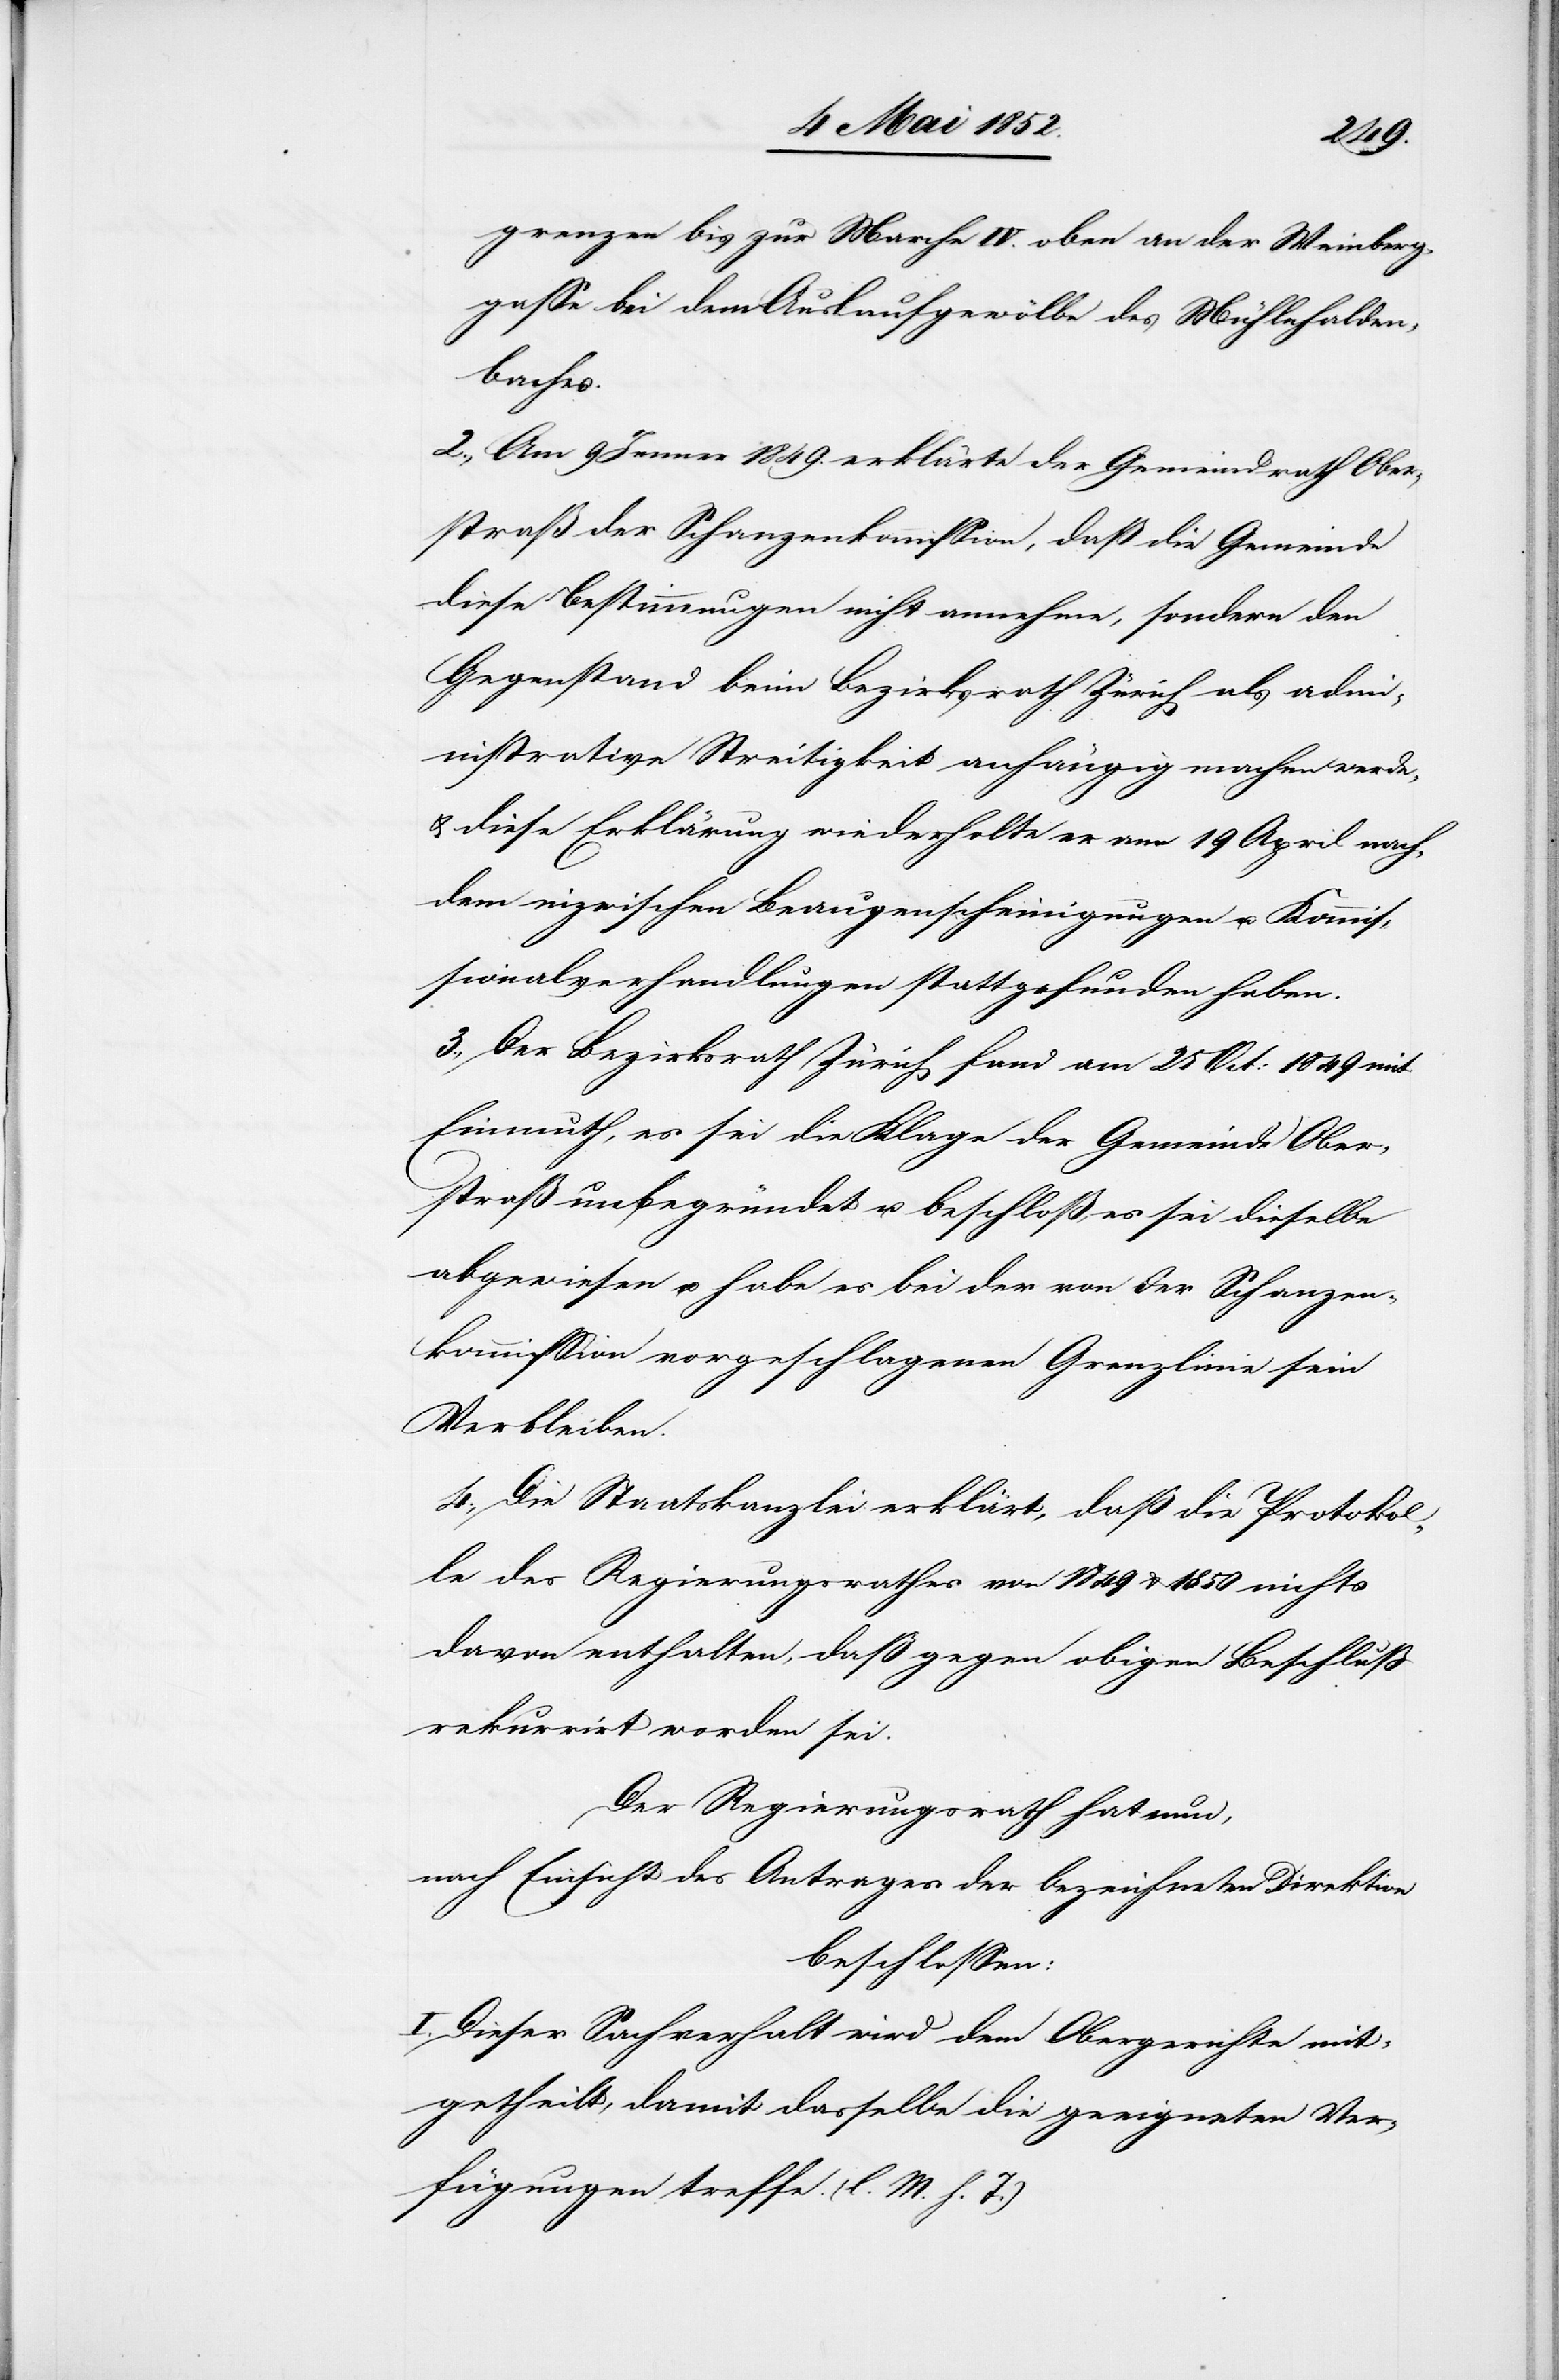
grenzen bis zur Marche IV. oben an der Weinberg¬
gasse bei dem Auslaufgewölbe des Mühlehalden¬
baches.
2., Am 9 Jenner 1849. erklärte der Gemeindrath Ober¬
straß der Schanzenkommission, daß die Gemeinde
diese Bestimmungen nicht annehme, sondern den
Gegenstand beim Bezirksrath Zürich als admi¬
nistrative Streitigkeit anhängig machen werde,
& diese Erklärung wiederholte er am 19 April nach¬
dem inzwischen Beaugenscheinigungen u. Kommis¬
sionalverhandlungen stattgefunden haben.
3., Der Bezirksrath Zürich fand am 25 Oct: 1849 mit
Einmuth, es sei die Klage der Gemeinde Ober¬
straß unbegründet u. beschloß, es sei dieselbe
abgewiesen u. habe es bei der von der Schanzen¬
kommission vorgeschlagenen Grenzlinie sein
Verbleiben.
4., Die Staatskanzlei erklärt, daß die Protokol¬
le des Regierungsrathes von 1849 & 1850 nichts
davon enthalten, daß gegen obigen Beschluss
rekurrirt worden sei.
Der Regierungsrath hat nun,
nach Einsicht des Antrages der bezeichneten Direktion
beschlossen:
I. Dieser Sachverhalt wird dem Obergerichte mit¬
getheilt, damit dasselbe die geeigneten Ver¬
fügungen treffe. (l. M. h. T.)